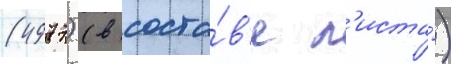
(4977) (в соста́в'е л'иста́)